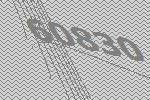
60830